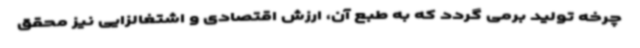
چرخه تولید برمی گردد که به طبع آن، ارزش اقتصادی و اشتغالزایی نیز محقق